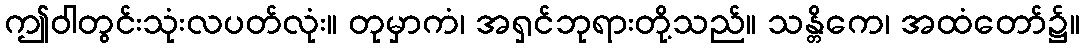
ဤဝါတွင်းသုံးလပတ်လုံး။ တုမှာကံ၊ အရှင်ဘုရားတို့သည်။ သန္တိကေ၊ အထံတော်၌။